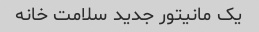
یک مانیتور جدید سلامت خانه